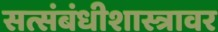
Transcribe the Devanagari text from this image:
सत्संबंधीशास्त्रावर